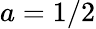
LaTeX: a=1/2